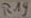
Text: R19